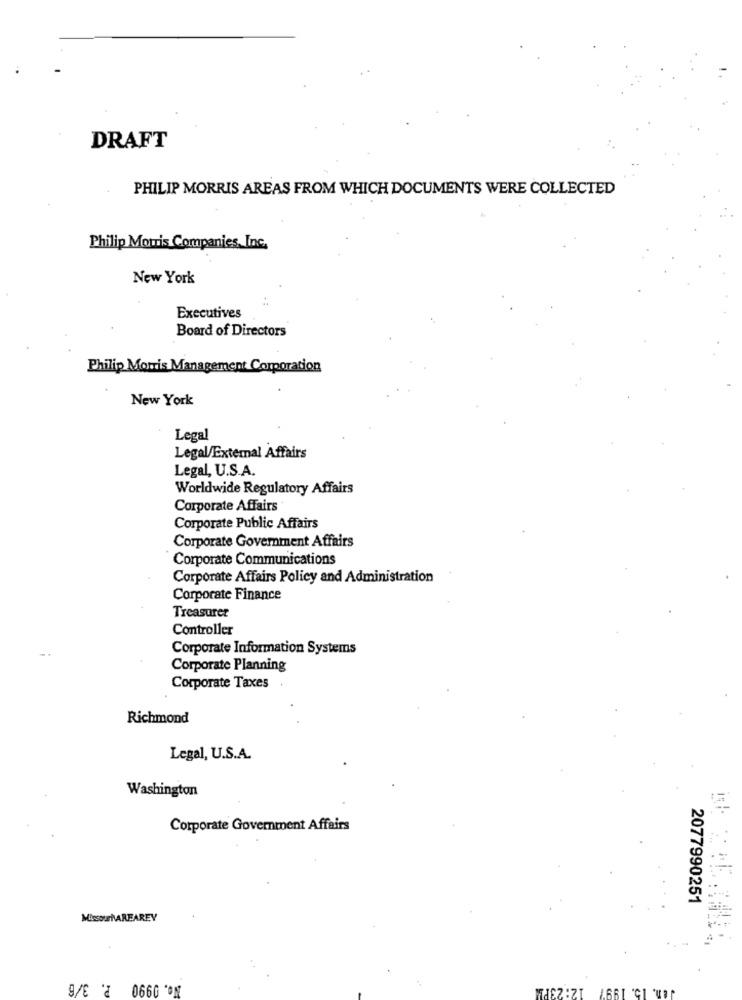
DRAFT
PHILIP MORRIS AREAS FROM WHICH DOCUMENTS WERE COLLECTED
Philip Morris Companies, Inc.
New York
Executives
Board of Directors
Philip Morris Management Corporation
New York
Legal
Legal/External Affairs
Legal, U.S.A.
Worldwide Regulatory Affairs
Corporate Affairs
Corporate Public Affairs
Corporate Government Affairs
Corporate Communications
Corporate Affairs Policy and Administration
Corporate Finance
Treasurer
Controller
Corporate Information Systems
Corporate Planning
Corporate Taxes
Richmond
Legal, U.S.A.
Washington
Corporate Government Affairs
2077990251
MissouriAREAREY
No. 0990 P. 3/6
Jen. 15. 1997
MISZ :ZI